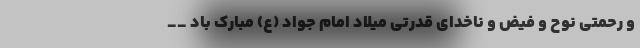
و رحمتی نوح و فیض و ناخدای قدرتی میلاد امام جواد (ع) مبارک باد __